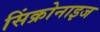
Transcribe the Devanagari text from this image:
सिंक्रोनाइज